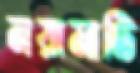
নয়ামাটি